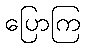
ပြောကြ